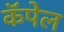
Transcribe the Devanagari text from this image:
कॅपेल